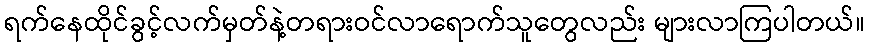
ရက်နေထိုင်ခွင့်လက်မှတ်နဲ့တရားဝင်လာရောက်သူတွေလည်း များလာကြပါတယ်။